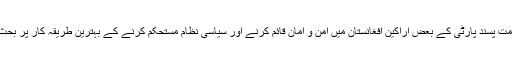
امریکہ کی قدامت پسند پارٹی کے بعض اراکین افغانستان میں امن و امان قائم کرنے اور سیاسی نظام مستحکم کرنے کے بہترین طریقہ کار پر بحث کر رہے ہیں۔